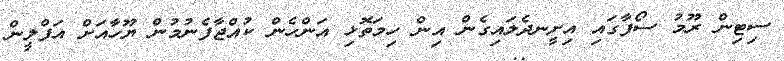
ސިޓިން ރޫމު ސޯފާގައި އިށީނދެލައިގެން އިން ހިމަތޮޅި އަންހެން ކުއްޖާފެނުމުން ޔޫހާއަށް އަފްލީން